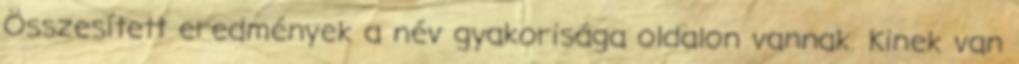
Összesített eredmények a név gyakorisága oldalon vannak. Kinek van